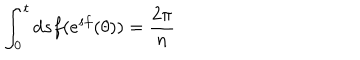
\int _ { 0 } ^ { t } \mathrm { d } s f ( \mathrm { e } ^ { s f } ( \theta ) ) = \frac { 2 \pi } { n }